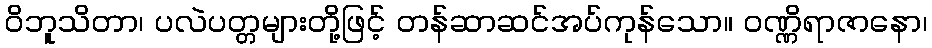
ဝိဘူသိတာ၊ ပလဲပတ္တများတို့ဖြင့် တန်ဆာဆင်အပ်ကုန်သော။ ဝဏ္ဏိရာဇာနော၊